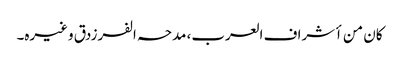
کان من أشراف العرب، مدحہ الفرزدق وغیرہ۔